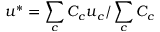
\boldsymbol { u } ^ { * } = \sum _ { c } C _ { c } \boldsymbol { u } _ { c } / \sum _ { c } C _ { c }